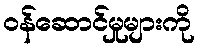
ဝန်ဆောင်မှုများကို